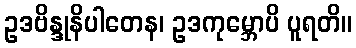
ဥဒဗိန္ဒုနိပါတေန၊ ဥဒကုမ္ဘောပိ ပူရတိ။